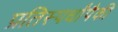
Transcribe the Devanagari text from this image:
प्रतिस्पर्धांपैकी